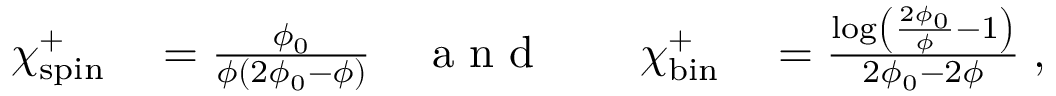
\begin{array} { r l r l r l } { \chi _ { \mathrm { s p i n } } ^ { + } } & { { } = \frac { \phi _ { 0 } } { \phi ( 2 \phi _ { 0 } - \phi ) } } & { \mathrm { ~ a ~ n ~ d ~ } } & { { } } & { \chi _ { \mathrm { b i n } } ^ { + } } & { { } = \frac { \log \left( \frac { 2 \phi _ { 0 } } { \phi } - 1 \right) } { 2 \phi _ { 0 } - 2 \phi } \; , } \end{array}